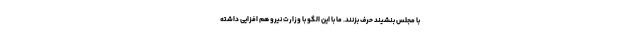
با مجلس بنشیند حرف بزنند. ما با این الگو با وزارت نیرو هم افزایی داشته